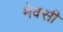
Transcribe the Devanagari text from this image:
मेक्सी